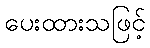
ပေးထားသဖြင့်